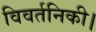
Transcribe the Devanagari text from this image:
विवर्तनिकी।